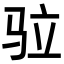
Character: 𩧧